Civil Veterinary Department. United Provinces 1912-22 - 1912-1922
Year: 1912
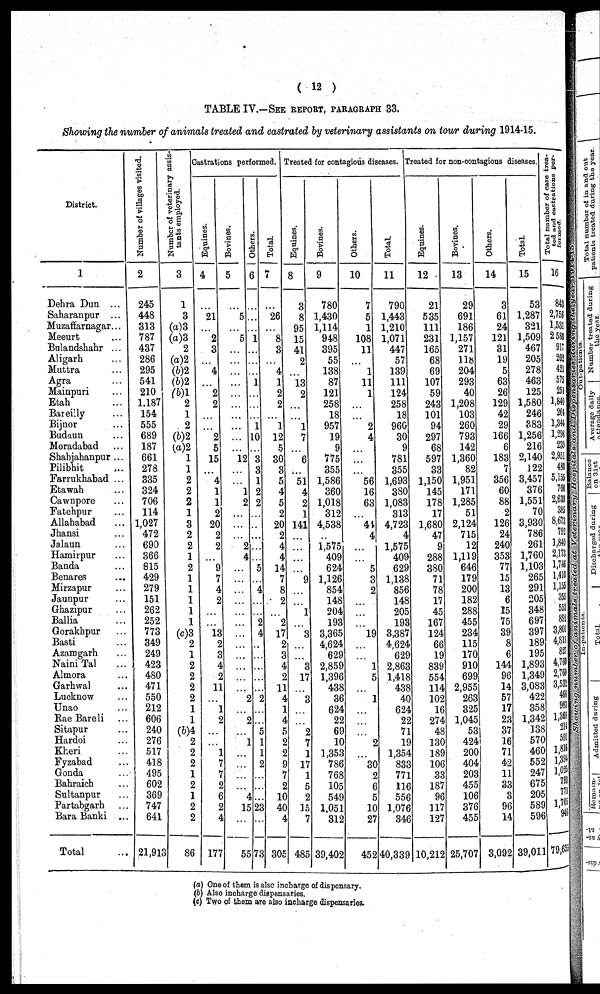
( 12 )
TABLE IV.—SEE REPORT, PARAGRAPHS 33.
Showing the number of animals treated and castrated by veterinary assistants on tour during 1914-15.
District.
1
Dehra Dun ...
Saharanpur ...
Muzaffarnagar...
Meeurt …
Bulandshahr ...
Aligarh …
Muttra …
Agra …
Mainpuri …
Etah …
Bareilly …
Bijnor …
Budaun …
Moradabad …
Shahjahanpur ...
Pilibhit …
Farrukhabad ...
Etawah …
Cawnpore …
Fatehpur …
Allahabad …
Jhansi …
Jalaun …
Hamirpur …
Banda …
Benares …
Mirzapur …
Jaunpur …
Ghazipur …
Ballia …
Gorakhpur …
Basti …
Azamgarh …
Naini Tal …
Almora …
Garhwal …
Lucknow …
Unao …
Rae Bareli …
Sitapur …
Hardoi …
Kheri …
Fyzabad …
Gonda …
Bahraich …
Sultanpur …
Partabgarh …
Bara Banki ...
Total …
Number of villages visited.
2
245
448
313
787
437
286
295
541
210
1.187
154
555
689
187
661
278
335
324
706
114
1,027
472
690
366
815
429
279
151
262
252
773
349
249
423
480
471
550
212
606
240
276
517
418
495
602
369
747
641
21,913
Number of veterinary assis-
tants employed.
3
1
3
(a)3
(a)3
2
(a)2
(b)2
(b)2
(b)1
2
1
2
(b)2
(a)2
1
1
2
2
2
1
3
2
2
1
2
1
1
1
1
1
(c)3
2
1
2
2
2
2
1
1
(b)4
2
2
2
1
2
1
2
2
86
Castrations porformed.
Equines.
4
…
21
. . .
2
3
…
4
…
2
2
…
…
2
5
15
…
4
1
1
2
20
2
2
…
9
7
4
2
…
…
13
2
3
4
2
11
...
1
2
...
...
1
7
7
2
6
2
4
177
Bovines
5
…
5
…
5
…
…
…
…
…
…
…
…
…
…
12
…
…
1
2
…
…
…
2
4
…
…
…
…
…
…
...
…
...
...
...
...
2
...
2
…
1
...
...
...
...
4
15
...
55
Others
6
…
…
…
1
…
…
…
1
…
…
…
1
10
…
3
3
1
2
2
…
…
…
…
…
5
…
4
…
…
2
4
…
…
…
...
…
2
…
…
5
1
1
2
…
…
…
23
…
73
Total.
7
…
26
…
8
3
…
4
1
2
2
…
1
12
5
30
3
5
4
5
2
20
2
4
4
14
7
8
2
…
2
17
2
3
4
2
11
4
1
4
5
2
2
9
7
2
10
40
4
305
Treated for contagious diseases.
Equines.
8
3
8
95
15
41
2
…
13
2
…
…
1
7
…
6
…
51
4
2
1
141
…
…
…
…
9
…
…
1
…
3
…
…
3
17
…
3
…
…
2
7
1
17
1
5
2
15
7
485
Bovines.
9
780
1,430
1,114
948
395
55
138
87
121
258
18
957
19
9
775
355
1,586
360
1,018
312
4,538
…
1,575
409
624
1,126
854
148
204
193
3,365
4,624
629
2,859
1,396
439
36
624
22
69
10
1,355
786
768
105
549
1,051
312
39,402
Others.
10
7
5
1
108
11
…
1
11
1
...
...
2
4
…
…
…
56
16
63
…
41
4
…
…
5
3
2
…
…
…
19
…
…
1
5
...
1
...
…
…
2
...
30
2
6
5
10
27
452
Total.
11
790
1,443
1,210
1,071
447
57
139
111
124
258
18
960
30
9
781
355
1,693
380
1,083
313
4,723
4
1,575
409
629
1.138
856
148
205
193
3,387
4,624
623
2,863
1,418
438
40
624
22
71
19
1,354
833
77
116
556
1,076
346
40,339
Treated for non-contagious diseases.
Equines.
12
21
535
111
231
165
68
69
107
59
243
101
94
297
68
597
33
1,150
145
178
17
1,680
47
9
288
380
71
78
17
45
167
124
66
19
839
554
114
102
16
274
48
130
189
106
33
187
96
117
127
10,212
Bovines.
13
29
691
186
1,157
271
118
204
293
40
1,208
103
260
793
142
1,360
82
1,951
171
1,285
51
2,124
715
12
1,119
646
179
200
182
288
455
234
115
170
910
699
2,955
263
325
1,045
53
424
200
3
404
203
455
106
376
455
25,707
Others.
14
3
61
24
121
31
19
5
63
26
129
42
29
166
6
183
7
356
60
88
2
126
24
240
353
77
15
13
6
15
75
39
8
6
144
96
14
57
17
23
37
16
71
42
11
33
3
96
14
3,092
Total.
15
53
1,287
321
1,509
467
205
278
463
125
1,580
246
383
1,256
216
2,140
122
3,457
376
1,551
70
3,930
786
261
1,760
1,103
265
291
205
348
697
397
189
195
1,893
1,349
3,083
422
355
1,342
135
576
466
552
247
675
205
589
596
39,011
Total
number of case trea-
ted and castrations per-
formed.
16
843
2,756
1,531
2583
911
262
421
575
231
1,845
264
1,344
1,256
230
2,951
487
5,155
760
2,632
365
8,673
792
1,840
2,173
1,745
1,415
1,100
355
553
55
3,801
4,815
827
4,763
2,76
3,532
466
953
1,365
214
591
1,814
1,394
1,025
798
77
1,765
945
79,653
(a) One of them is also incharge of dispensary.
(b) Also incharge dispensaries.
(c) Two of them are also incharge dispensaries.